Vaccination in Burma 1920-1933 - 1920-1933
Year: 1920
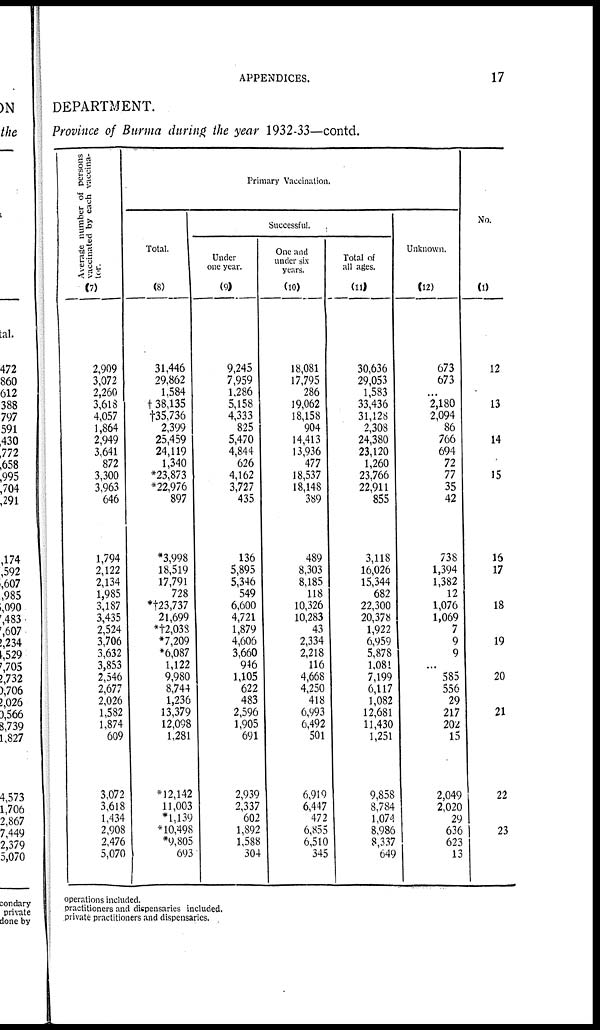
APPENDICES.
17
DEPARTMENT.
Province of Burma during the year 1932-33—contd.
Average number of persons
vaccinated by each vaccina-
tor.
(7)
2,909
3,072
2,260
3,618
4,057
1,864
2,949
3,641
872
3,300
3,963
646
1,794
2,122
2,134
1,985
3,187
3,435
2,524
3,706
3,632
3,853
2,546
2,677
2,026
1,582
1,874
609
3,072
3,618
1,434
2,908
2,476
5,070
Primary Vaccination.
Total.
(8)
31,446
29,862
1,584
†38,135
†35,736
2,399
25,459
24,119
1,340
*23,873
*22,976
897
*3,998
18,519
17,791
728
*†23,737
21,699
*†2,038
*7,209
*6,087
1,122
9,980
8,744
1,236
13,379
12,098
1,281
*12,142
11,003
*l,139
*10,498
*9,805
693
Successful.
Under
one year.
(9)
9,245
7,959
1,286
5,158
4,333
825
5,470
4,844
626
4,162
3,727
435
136
5,895
5,346
549
6,600
4,721
1,879
4,606
3,660
946
1,105
622
483
2,596
1,905
691
2,939
2,337
602
1,892
1,588
304
One and
under six
years.
(10)
18,081
17,795
286
19,062
18,158
904
14,413
13,936
477
18,537
18,148
389
489
8,303
8,185
118
10,326
10,283
43
2,334
2,218
116
4,668
4,250
418
6,993
6,492
501
6,919
6,447
472
6,855
6,510
345
Total of
all ages.
(11)
30,636
29,053
1,583
33,436
31,128
2,308
24,380
23,120
1,260
23,766
22,911
855
3,118
16,026
15,344
682
22,300
20,378
1,922
6,959
5,878
1,081
7,199
6,117
1,082
12,681
11,430
1,251
9,858
8,784
1,074
8,986
8,337
649
Unknown.
(12)
673
673
...
2,180
2,094
86
766
694
72
77
35
42
738
1,394
1,382
12
1,076
1,069
7
9
9
...
585
556
29
217
202
15
2,049
2,020
29
636
623
13
No.
(1)
12
13
14
15
16
17
18
19
20
21
22
23
operations included.
practitioners and dispensaries included.
private practitioners and dispensaries.